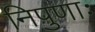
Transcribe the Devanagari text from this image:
निपुणाः